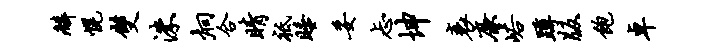
麟幌双洙炯合睛祗睡妥忐坤衰廉峪蹲版饱卓